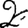
Digit: 2